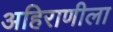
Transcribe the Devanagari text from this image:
अहिराणीला